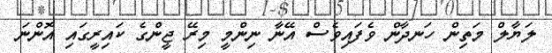
ލަޔާލް މަތިން ހަނދާން ވެފައިވެސް އޭނާ ނިންމީ މިރޭ ޖީންގެ ކައިރީގައި އޮންނަ